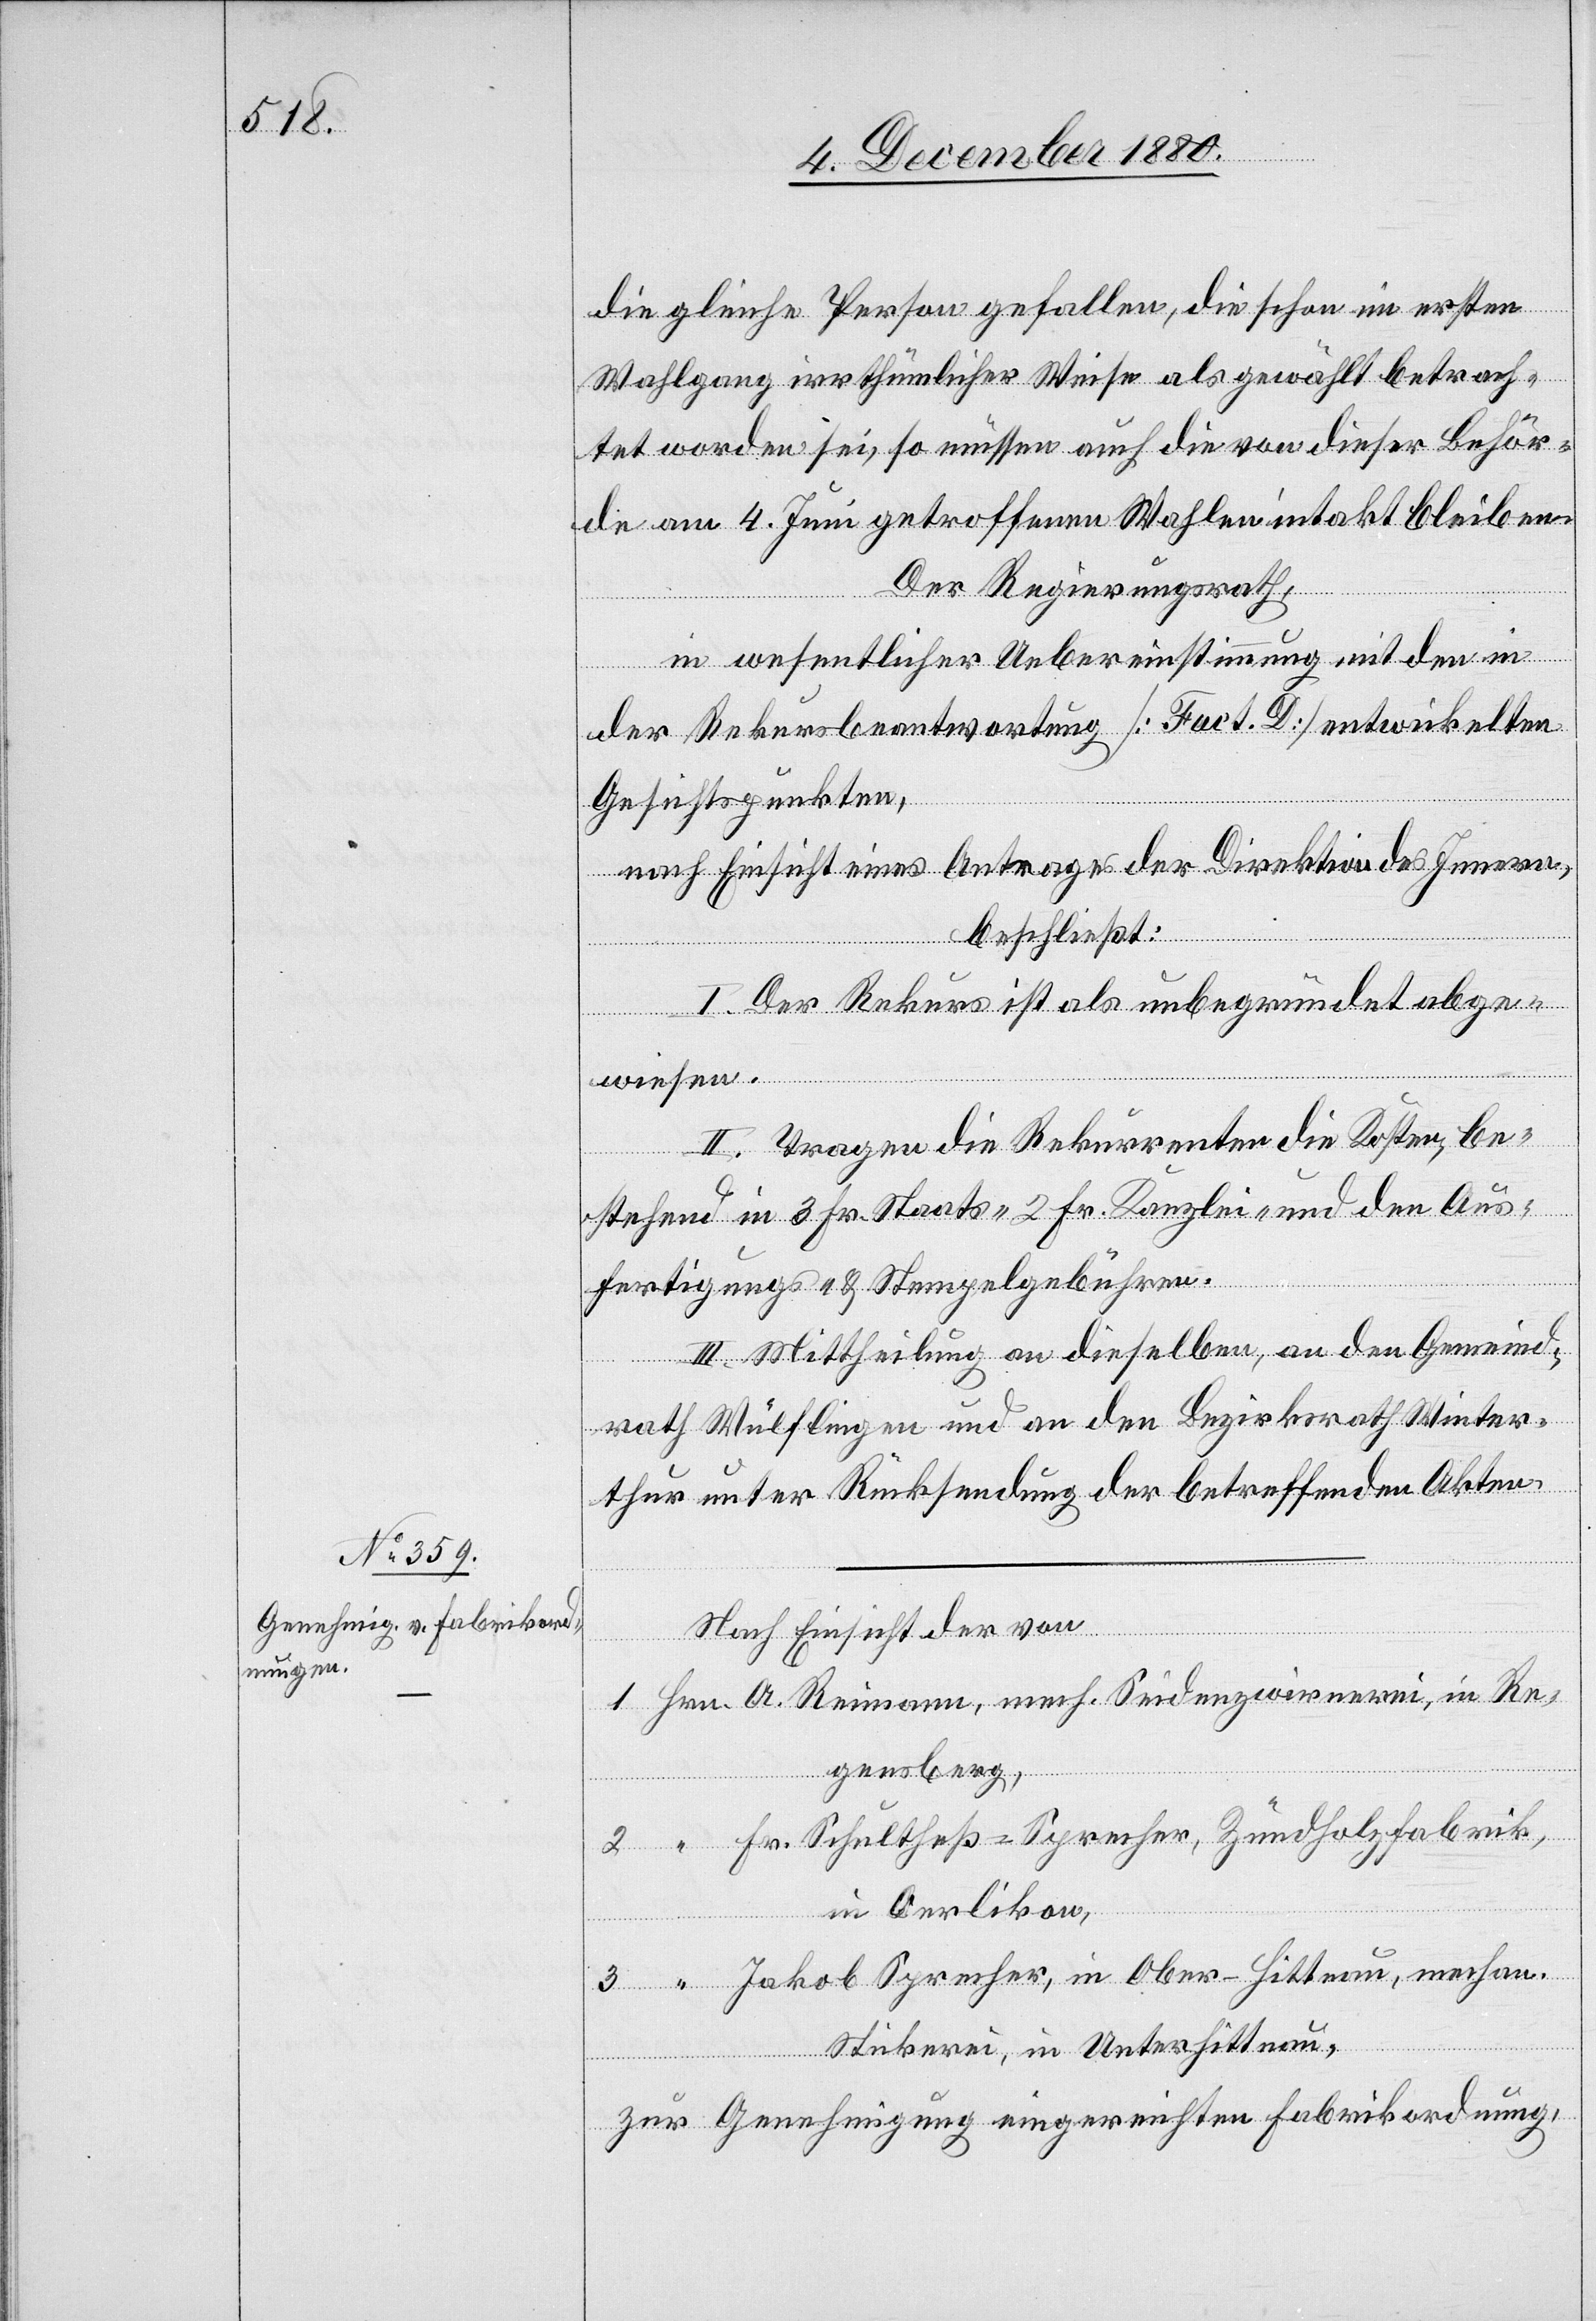
Seidenzw¬
irnerei,
Nach Einsicht der von
gensberg,
Fr. Schultheß-Sprecher, Zündholzfabrik,
in Oerlikon,
Jakob Sprecher, in Ober-Hittnau, mechan.
Stickerei, in Unterhittnau.
zur Genehmigung eingereichten Fabrikordnung,

in

Re¬